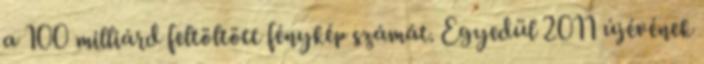
a 100 milliárd feltöltött fénykép számát. Egyedül 2011 újévének